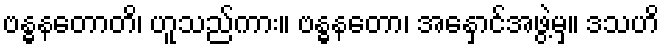
ဗန္ဓနတောတိ၊ ဟူသည်ကား။ ဗန္ဓနတော၊ အနှောင်အဖွဲ့မှ။ ဒသဟိ